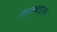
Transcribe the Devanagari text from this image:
वाटण्याइतके